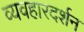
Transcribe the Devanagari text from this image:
व्यवहारदर्शन